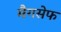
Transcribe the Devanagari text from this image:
मैगसेफ